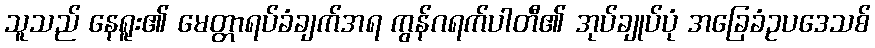
သူသည် နေရူး၏ မေတ္တာရပ်ခံချက်အရ ကွန်ဂရက်ပါတီ၏ အုပ်ချုပ်ပုံ အခြေခံဥပဒေသစ်